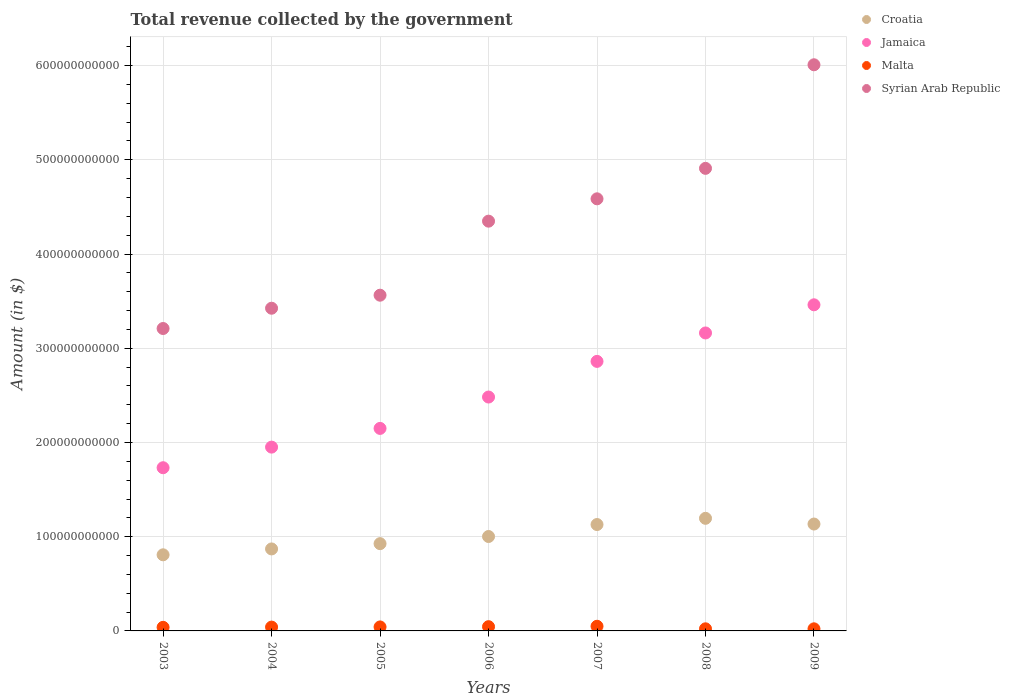
| Years | Croatia | Jamaica | Malta | Syrian Arab Republic |
 | --- | --- | --- | --- | --- |
 | 2003 | 8.08e+10 | 1.73e+11 | 3.81e+09 | 3.21e+11 |
 | 2004 | 8.7e+10 | 1.95e+11 | 4.05e+09 | 3.42e+11 |
 | 2005 | 9.26e+10 | 2.15e+11 | 4.23e+09 | 3.56e+11 |
 | 2006 | 1e+11 | 2.48e+11 | 4.51e+09 | 4.35e+11 |
 | 2007 | 1.13e+11 | 2.86e+11 | 4.93e+09 | 4.59e+11 |
 | 2008 | 1.19e+11 | 3.16e+11 | 2.24e+09 | 4.91e+11 |
 | 2009 | 1.13e+11 | 3.46e+11 | 2.24e+09 | 6.01e+11 |